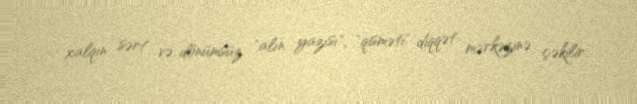
xalqın sərt və dönümsüz "alın yazısı", "qisməti" diqqət mərkəzinə çəkilir.